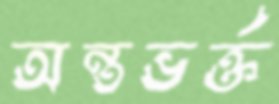
অন্তভর্ক্ত